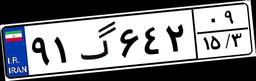
۹۱گ۶۴۲۰۹